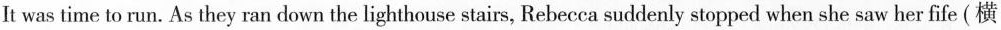
It was time to run. As they ran down the lighthouse stairs, Rebecca suddenly stopped when she saw her fife (横